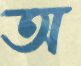
অ